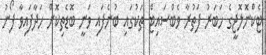
ޓެކްނޮލޮޖީގެ ހަބަރު ފަތުރާ ވެބްސައިޓް ތަކުގައި ބުނެފައި ވަނީ ބޮޑެތިކޮށް ހަދާފައިވާ ފޯނު